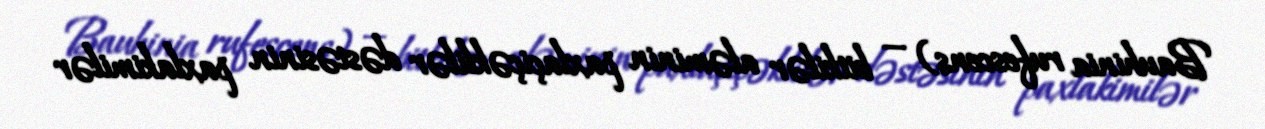
Bauhinia rufescens) — bitkilər aləminin paxlaçiçəklilər dəstəsinin paxlakimilər